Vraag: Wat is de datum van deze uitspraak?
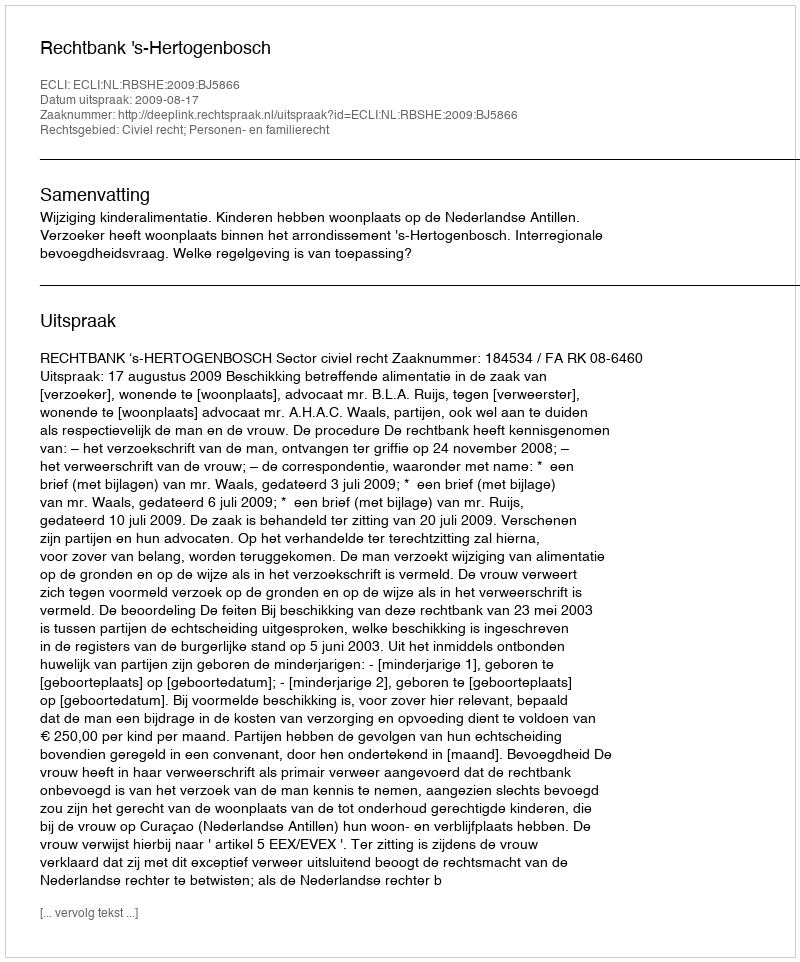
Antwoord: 2009-08-17